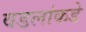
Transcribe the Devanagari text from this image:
वडलांकडे